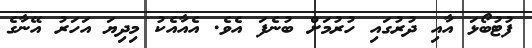
ފުޓުބޯޅަ އާއި ދުރުގައި ހުރުމަށް ބުނެފަ އެވެ. އެއާއެކު މިދިޔަ އަހަރު އޭނާގެ